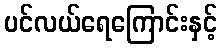
ပင်လယ်ရေကြောင်းနှင့်